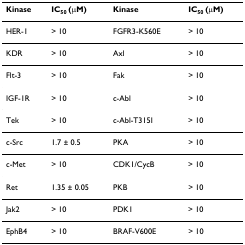
<table><thead><tr><td><b>Kinase</b></td><td><b>IC<sub>50 </sub>(μM)</b></td><td><b>Kinase</b></td><td><b>IC<sub>50 </sub>(μM)</b></td></tr></thead><tbody><tr><td>HER-1</td><td>&gt; 10</td><td>FGFR3-K560E</td><td>&gt; 10</td></tr><tr><td>KDR</td><td>&gt; 10</td><td>Axl</td><td>&gt; 10</td></tr><tr><td>Flt-3</td><td>&gt; 10</td><td>Fak</td><td>&gt; 10</td></tr><tr><td>IGF-1R</td><td>&gt; 10</td><td>c-Abl</td><td>&gt; 10</td></tr><tr><td>Tek</td><td>&gt; 10</td><td>c-Abl-T315I</td><td>&gt; 10</td></tr><tr><td>c-Src</td><td>1.7 ± 0.5</td><td>PKA</td><td>&gt; 10</td></tr><tr><td>c-Met</td><td>&gt; 10</td><td>CDK1/CycB</td><td>&gt; 10</td></tr><tr><td>Ret</td><td>1.35 ± 0.05</td><td>PKB</td><td>&gt; 10</td></tr><tr><td>Jak2</td><td>&gt; 10</td><td>PDK1</td><td>&gt; 10</td></tr><tr><td>EphB4</td><td>&gt; 10</td><td>BRAF-V600E</td><td>&gt; 10</td></tr></tbody></table>